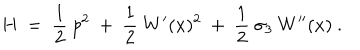
H ~ = ~ { \frac { 1 } { 2 } } ~ p ^ { 2 } ~ + ~ { \frac { 1 } { 2 } } ~ W ^ { \prime } ( x ) ^ { 2 } ~ + ~ { \frac { 1 } { 2 } } ~ \sigma _ { 3 } ~ W ^ { \prime \prime } ( x ) ~ .